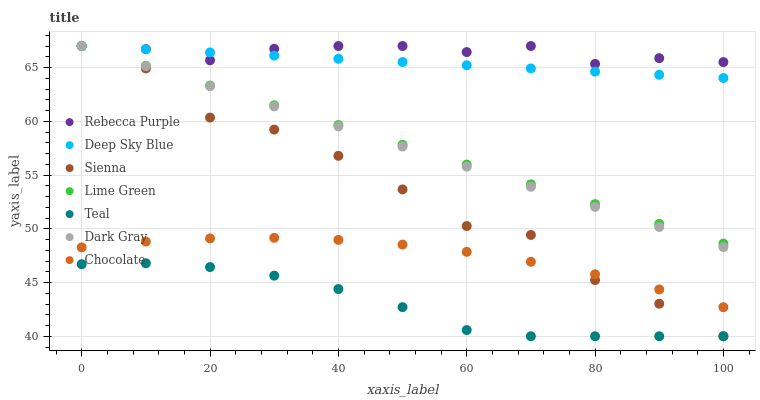
| xaxis_label | Rebecca Purple | Deep Sky Blue | Sienna | Lime Green | Teal | Dark Gray | Chocolate |
 | --- | --- | --- | --- | --- | --- | --- | --- |
 | 0 | 67 | 67 | 67 | 67 | 46.7 | 67 | 48.3 |
 | 10 | 66.7 | 66.7 | 64.9 | 65.2 | 46.8 | 65.1 | 48.8 |
 | 20 | 65.7 | 66.4 | 60.3 | 63.3 | 46.4 | 63.3 | 49.1 |
 | 30 | 66.7 | 66.1 | 59.2 | 61.5 | 45.6 | 61.4 | 49.2 |
 | 40 | 67 | 65.8 | 56.8 | 59.6 | 44.4 | 59.5 | 49 |
 | 50 | 67 | 65.5 | 53.7 | 57.8 | 42.7 | 57.6 | 48.5 |
 | 60 | 66.4 | 65.2 | 50.3 | 56 | 40.6 | 55.8 | 47.9 |
 | 70 | 67 | 64.9 | 49.4 | 54.1 | 40 | 53.9 | 46.9 |
 | 80 | 65.3 | 64.6 | 45.2 | 52.3 | 40 | 52 | 45.8 |
 | 90 | 65.9 | 64.3 | 43 | 50.5 | 40 | 50.2 | 44.4 |
 | 100 | 65.5 | 64 | 40 | 48.6 | 40 | 48.3 | 42.7 |